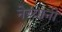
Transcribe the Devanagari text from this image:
नेच्यानी